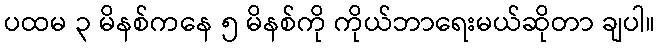
ပထမ ၃ မိနစ်ကနေ ၅ မိနစ်ကို ကိုယ်ဘာရေးမယ်ဆိုတာ ချပါ။